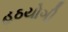
હઠયોગી